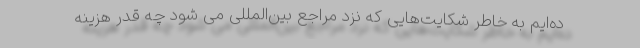
ده‌ایم به خاطر شکایت‌‌هایی که نزد مراجع بین‌المللی می شود چه قدر هزینه